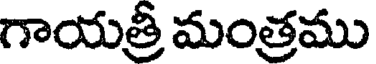
గాయత్రీ మంత్రము